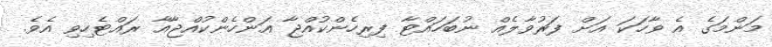
މަންމަގެ އެ ވާހަކަ އަށް ފަރުވާލެއް ނުބަހައްޓާ ފިރިހެންކުއްޖާ އަންހެންކުއްޖާއާ ރައްޓެހިވި އެވެ.